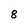
Character: 8